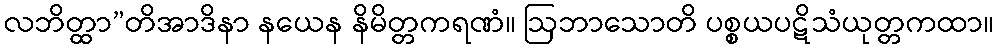
လဘိတ္ထာ”တိအာဒိနာ နယေန နိမိတ္တကရဏံ။ ဩဘာသောတိ ပစ္စယပဋိသံယုတ္တကထာ။